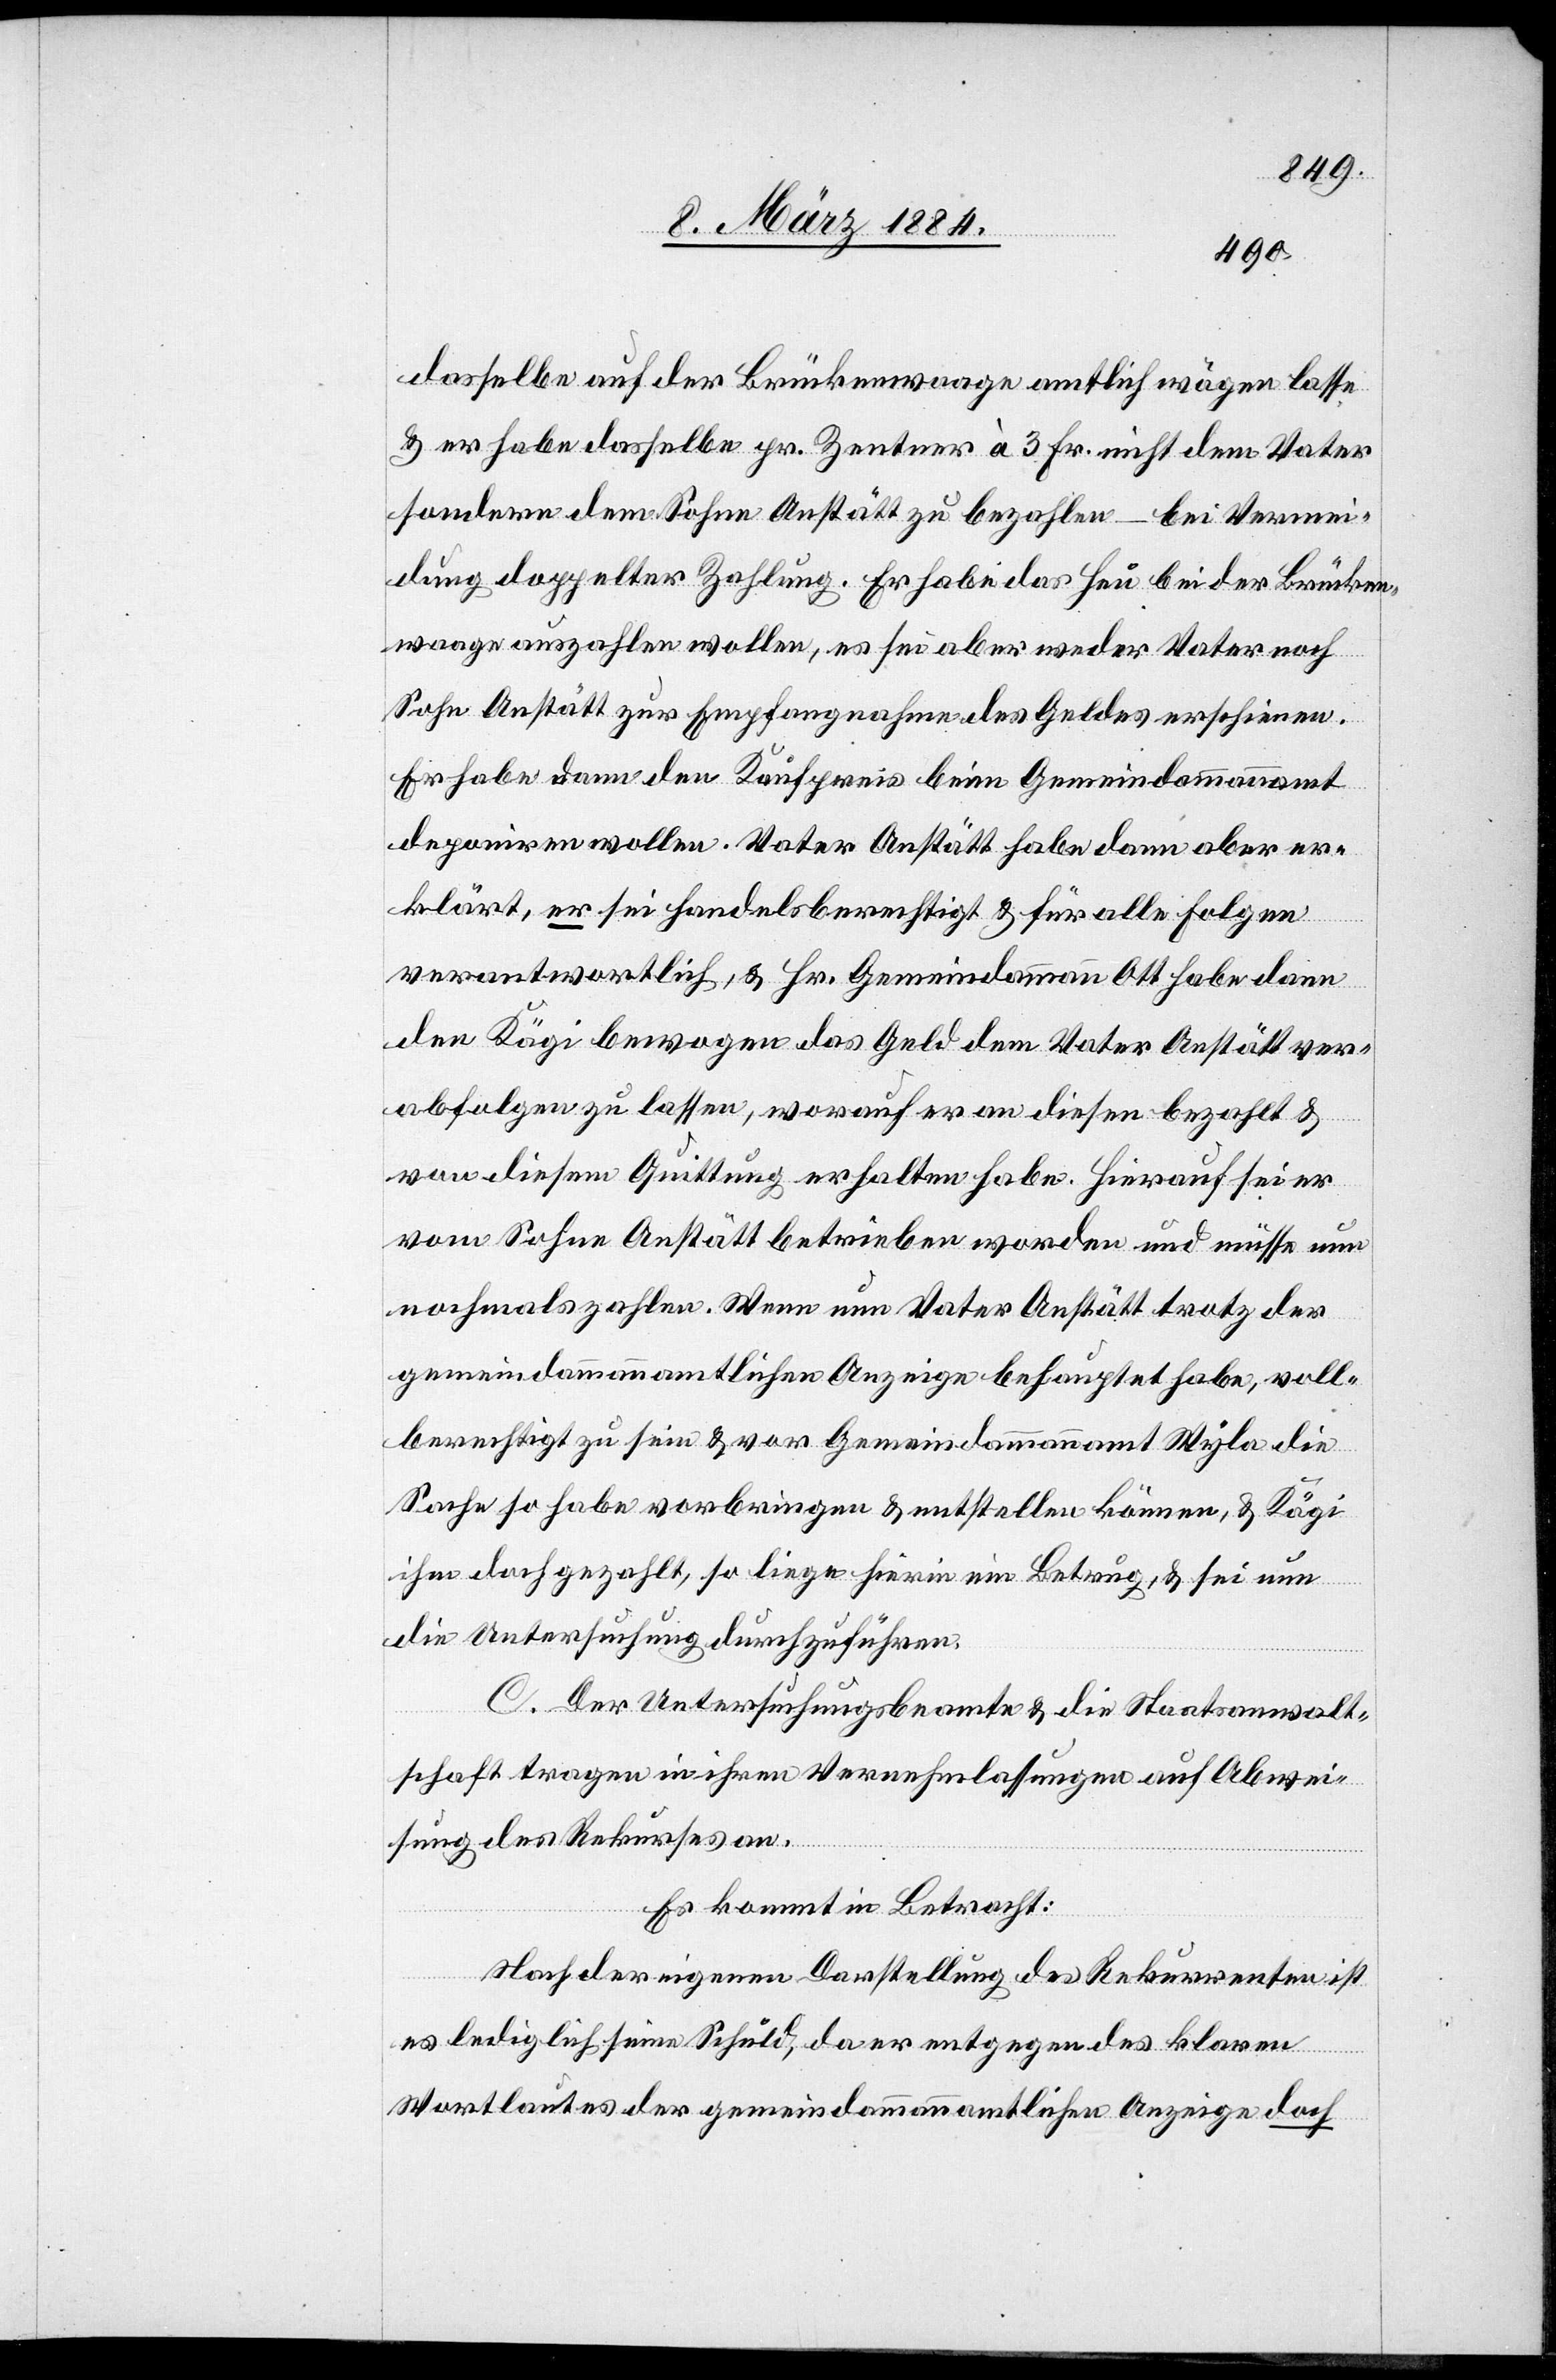
dasselbe auf der Brückenwaage amtlich wägen lasse
& er habe dasselbe pr. Zentner à 3 Fr. nicht dem Vater
sondern dem Sohn Anstätt zu bezahlen – bei Vermei¬
dung doppelter Zahlung. Er habe das Heu bei der Brücken¬
waage auszahlen wollen, es sei aber weder Vater noch
Sohn Anstätt zur Empfangnahme des Geldes erschienen.
Er habe dann den Kaufpreis beim Gemeindammannamt
deponirt wollen. Vater Anstätt habe dann aber er¬
klärt, er sei handelsberechtigt & für alle Folgen
verantwortlich, & Hr. Gemeindammann Ott habe dann
den Kägi bewogen das Geld dem Vater Anstätt ver¬
abfolgen zu lassen, worauf er an diesen bezahlt &
von diesem Quittung erhalten habe. Hierauf sei er
vom Sohne Anstätt betrieben worden und müsse nun
nochmals zahlen. Wenn nun Vater Anstätt trotz der
gemeindammannamtlichen Anzeige behauptet habe, voll
berechtigt zu sein & vor Gemeindammannamt Wyla die
Sache so habe vorbringen & entstellen können, & Kägi
ihm doch gezahlt, so liege hierin ein Betrug, & sei nun
die Untersuchung durchzuführen.
C. Der Untersuchungsbeamte & die Staatsanwalt¬
schaft tragen in ihren Vernehmlassungen auf Abwei¬
sung des Rekurses an.
Es kommt in Betracht:
Nach der eigenen Darstellung des Rekurrenten ist
es lediglich seine Schuld, da er entgegen des klaren
Wortlautes der gemeindammannamtlichen Anzeige doch